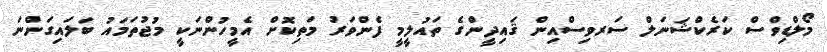
މޯލްޑިވްސް ކަރެކްޝަނަލް ސަރވިސްއިން ޤައިދީންގެ ތައުލީމީ ފެންވަރު މަތިކޮށް އެމީހުންނަކީ މުޖުތަމައު ބަލައިގަންނަ